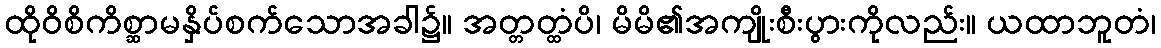
ထိုဝိစိကိစ္ဆာမနှိပ်စက်သောအခါ၌။ အတ္တတ္ထံပိ၊ မိမိ၏အကျိုးစီးပွားကိုလည်း။ ယထာဘူတံ၊